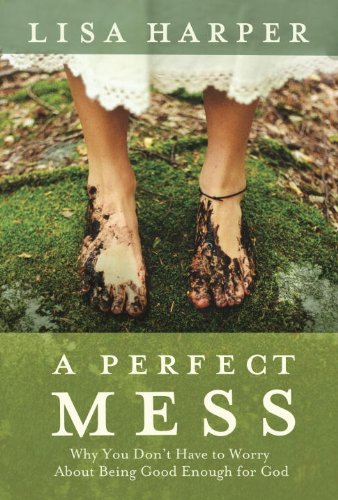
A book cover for A Perfect Mess: Why You Don't Have to Worry About Being Good Enough for God; Lisa Harper; Christian Books & Bibles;